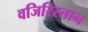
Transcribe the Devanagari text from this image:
वजिरिस्तान